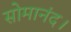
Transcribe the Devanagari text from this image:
सोमानंद।